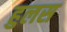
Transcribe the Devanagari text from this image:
हुलस